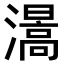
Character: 𤀰